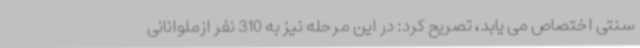
سنتی اختصاص می یابد، تصریح کرد: در این مرحله نیز به 310 نفر ازملوانانی